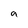
Character: 9